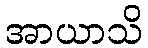
အာယာသိ